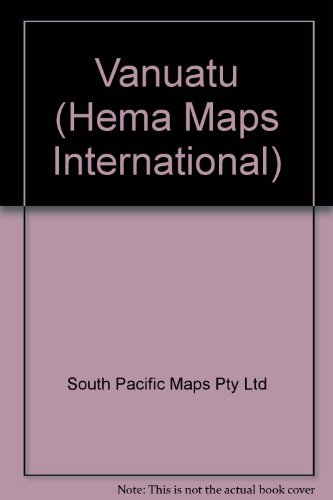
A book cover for Vanuatu (Hema Maps International); South Pacific Maps Pty Ltd; Travel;